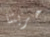
حريتنا